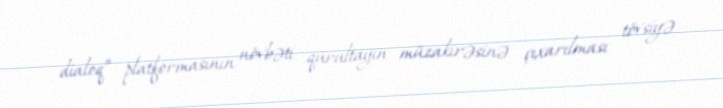
dialoq” platformasının növbəti qurultayın müzakirəsinə çıxarılması tövsiyə